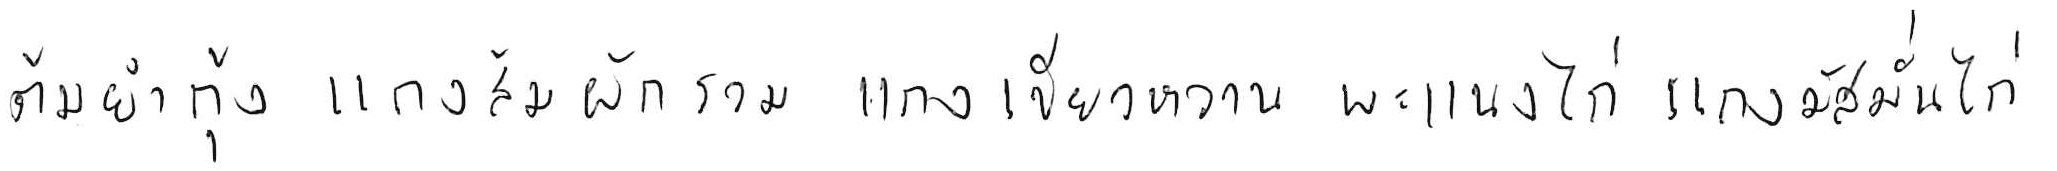
ต้มยำกุ้ง แกงส้มผักรวม แกงเขียวหวาน พะแนงไก่ แกงมัสมั่นไก่